Scottish Leaving Certificate Examination, 1958
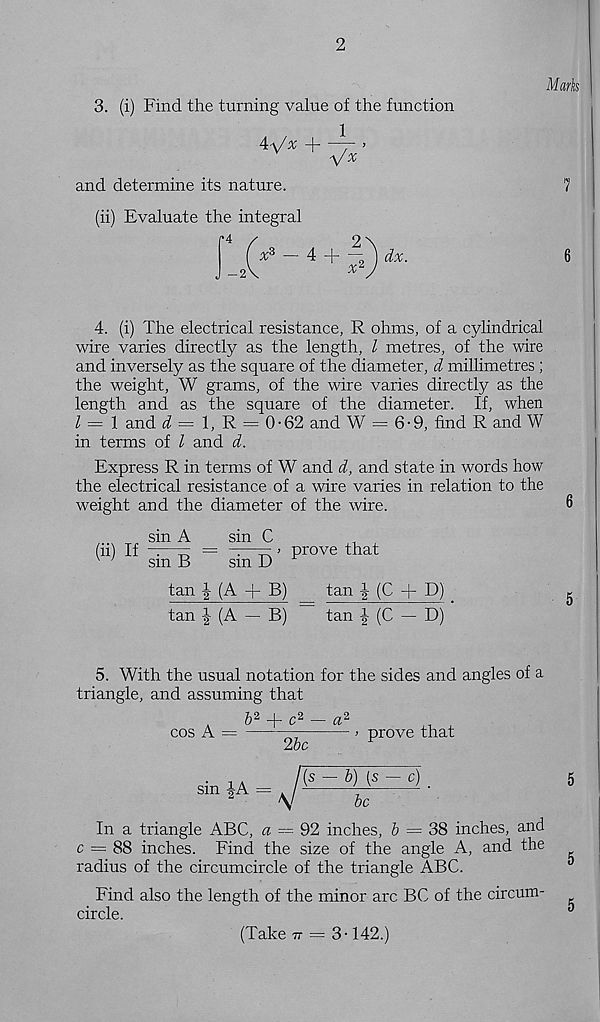
2
3. (i) Find the turning value of the function
iVx + V x ’
and determine its nature.
(ii) Evaluate the integral
Mark
7
6
4. (i) The electrical resistance, R ohms, of a cylindrical
wire varies directly as the length, l metres, of the wire
and inversely as the square of the diameter, d millimetres ;
the weight, W grams, of the wire varies directly as the
length and as the square of the diameter. If, when
l — l and d = 1, R = 0-62 and W = 6-9, find R and W
in terms of l and d.
Express R in terms of W and d, and state in words how
the electrical resistance of a wire varies in relation to the
weight and the diameter of the wire.
6
sin A
sin C
,
(ii) If
= v—— > prove that
w
sm B
sm D
tan J (A + B)
tan
(C + D)
g
tan | (A — B)
tan J (C — D)
5. With the usual notation for the sides and angles of a
triangle, and assuming that
—J—
cos A =
> prove that
26c
F
sin i A _ /(s -b)(s-c)
Sm
“ V
6c
In a triangle ABC, a = 92 inches, 6 = 38 inches, and
c = 88 inches. Find the size of the angle A, and the
radius of the circumcircle of the triangle ABC.
Find also the length of the minor arc BC of the circum-
circle.
(Take 77 = 3-142.)